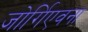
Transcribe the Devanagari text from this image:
जोर्गिएवना